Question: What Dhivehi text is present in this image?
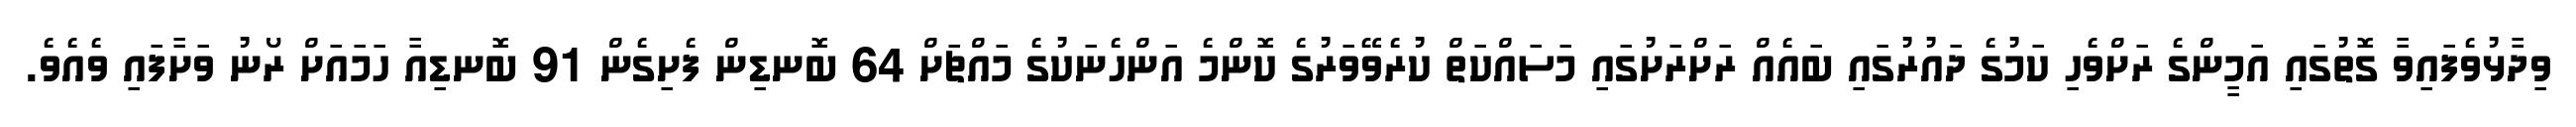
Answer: ވިދާޅުވެފައިވާ ގޮތުގައި އަމީންގެ ރަށްވެހި ކަމުގެ ދައުރުގައި ބައެއް ރަށްރަށުގައި މަސައްކަތް ކުރެވޭވަރުގެ ކޮންމެ އަންހެނަކުގެ މައްޗަށް 64 ބޮނޑިން ފެށިގެން 91 ބޮނޑިއާ ހަމައަށް ރޯނު ވަށާފައި ވެއެވެ.